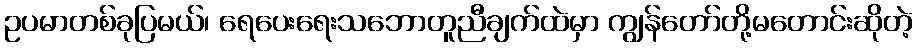
ဥပမာတစ်ခုပြမယ်၊ ရေပေးရေးသဘောတူညီချက်ထဲမှာ ကျွန်တော်တို့မတောင်းဆိုတဲ့